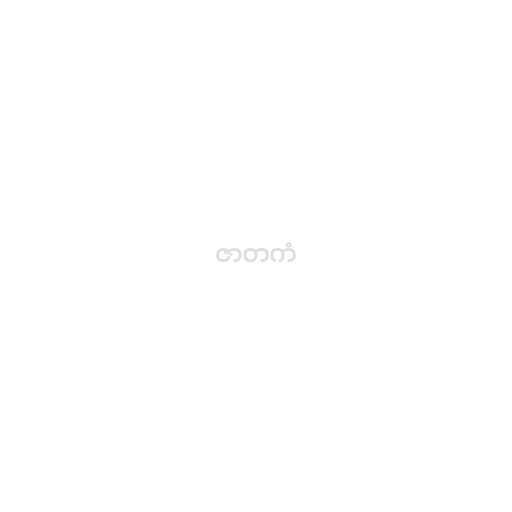
ဇာတကံ